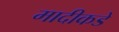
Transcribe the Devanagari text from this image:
मादीकडे